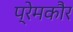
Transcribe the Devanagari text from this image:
प्रेमकौर